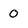
Character: 0